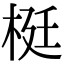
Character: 梃